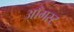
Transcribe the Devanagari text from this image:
आँगस्ट